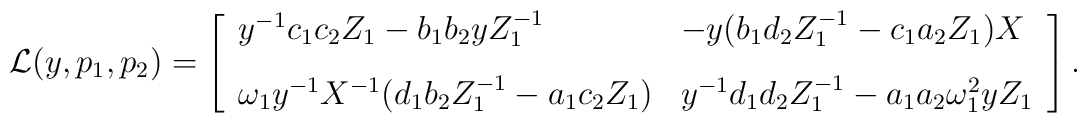
{\cal L}(y,p_{1},p_{2}) = \left[\begin{array}{ll}y^{-1}c_{1}c_{2}Z_{1}-b_{1}b_{2}y Z_{1}^{-1} &-y(b_{1}d_{2}Z_{1}^{-1}-c_{1}a_{2}Z_{1})X\\\vspace{-2mm}\\\omega_{1} y^{-1} X^{-1}(d_{1}b_{2}Z_{1}^{-1}-a_{1}c_{2}Z_{1}) &y^{-1}d_{1}d_{2}Z_{1}^{-1}-a_{1}a_{2}\omega_{1}^{2} y Z_{1}\end{array}\right].